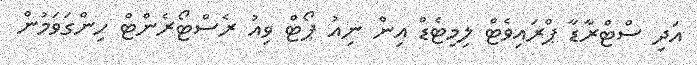
އަދި ސްޓްރާޑާ ޕްރައިވެޓް ލިމިޓެޑް އިން ނިއު ޕޯޓް ވިއު ރެސްޓޯރެންޓް ހިންގަވަމުން